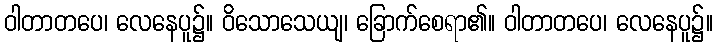
ဝါတာတပေ၊ လေနေပူ၌။ ဝိသောသေယျ၊ ခြောက်စေရာ၏။ ဝါတာတပေ၊ လေနေပူ၌။